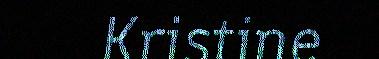
Kristine